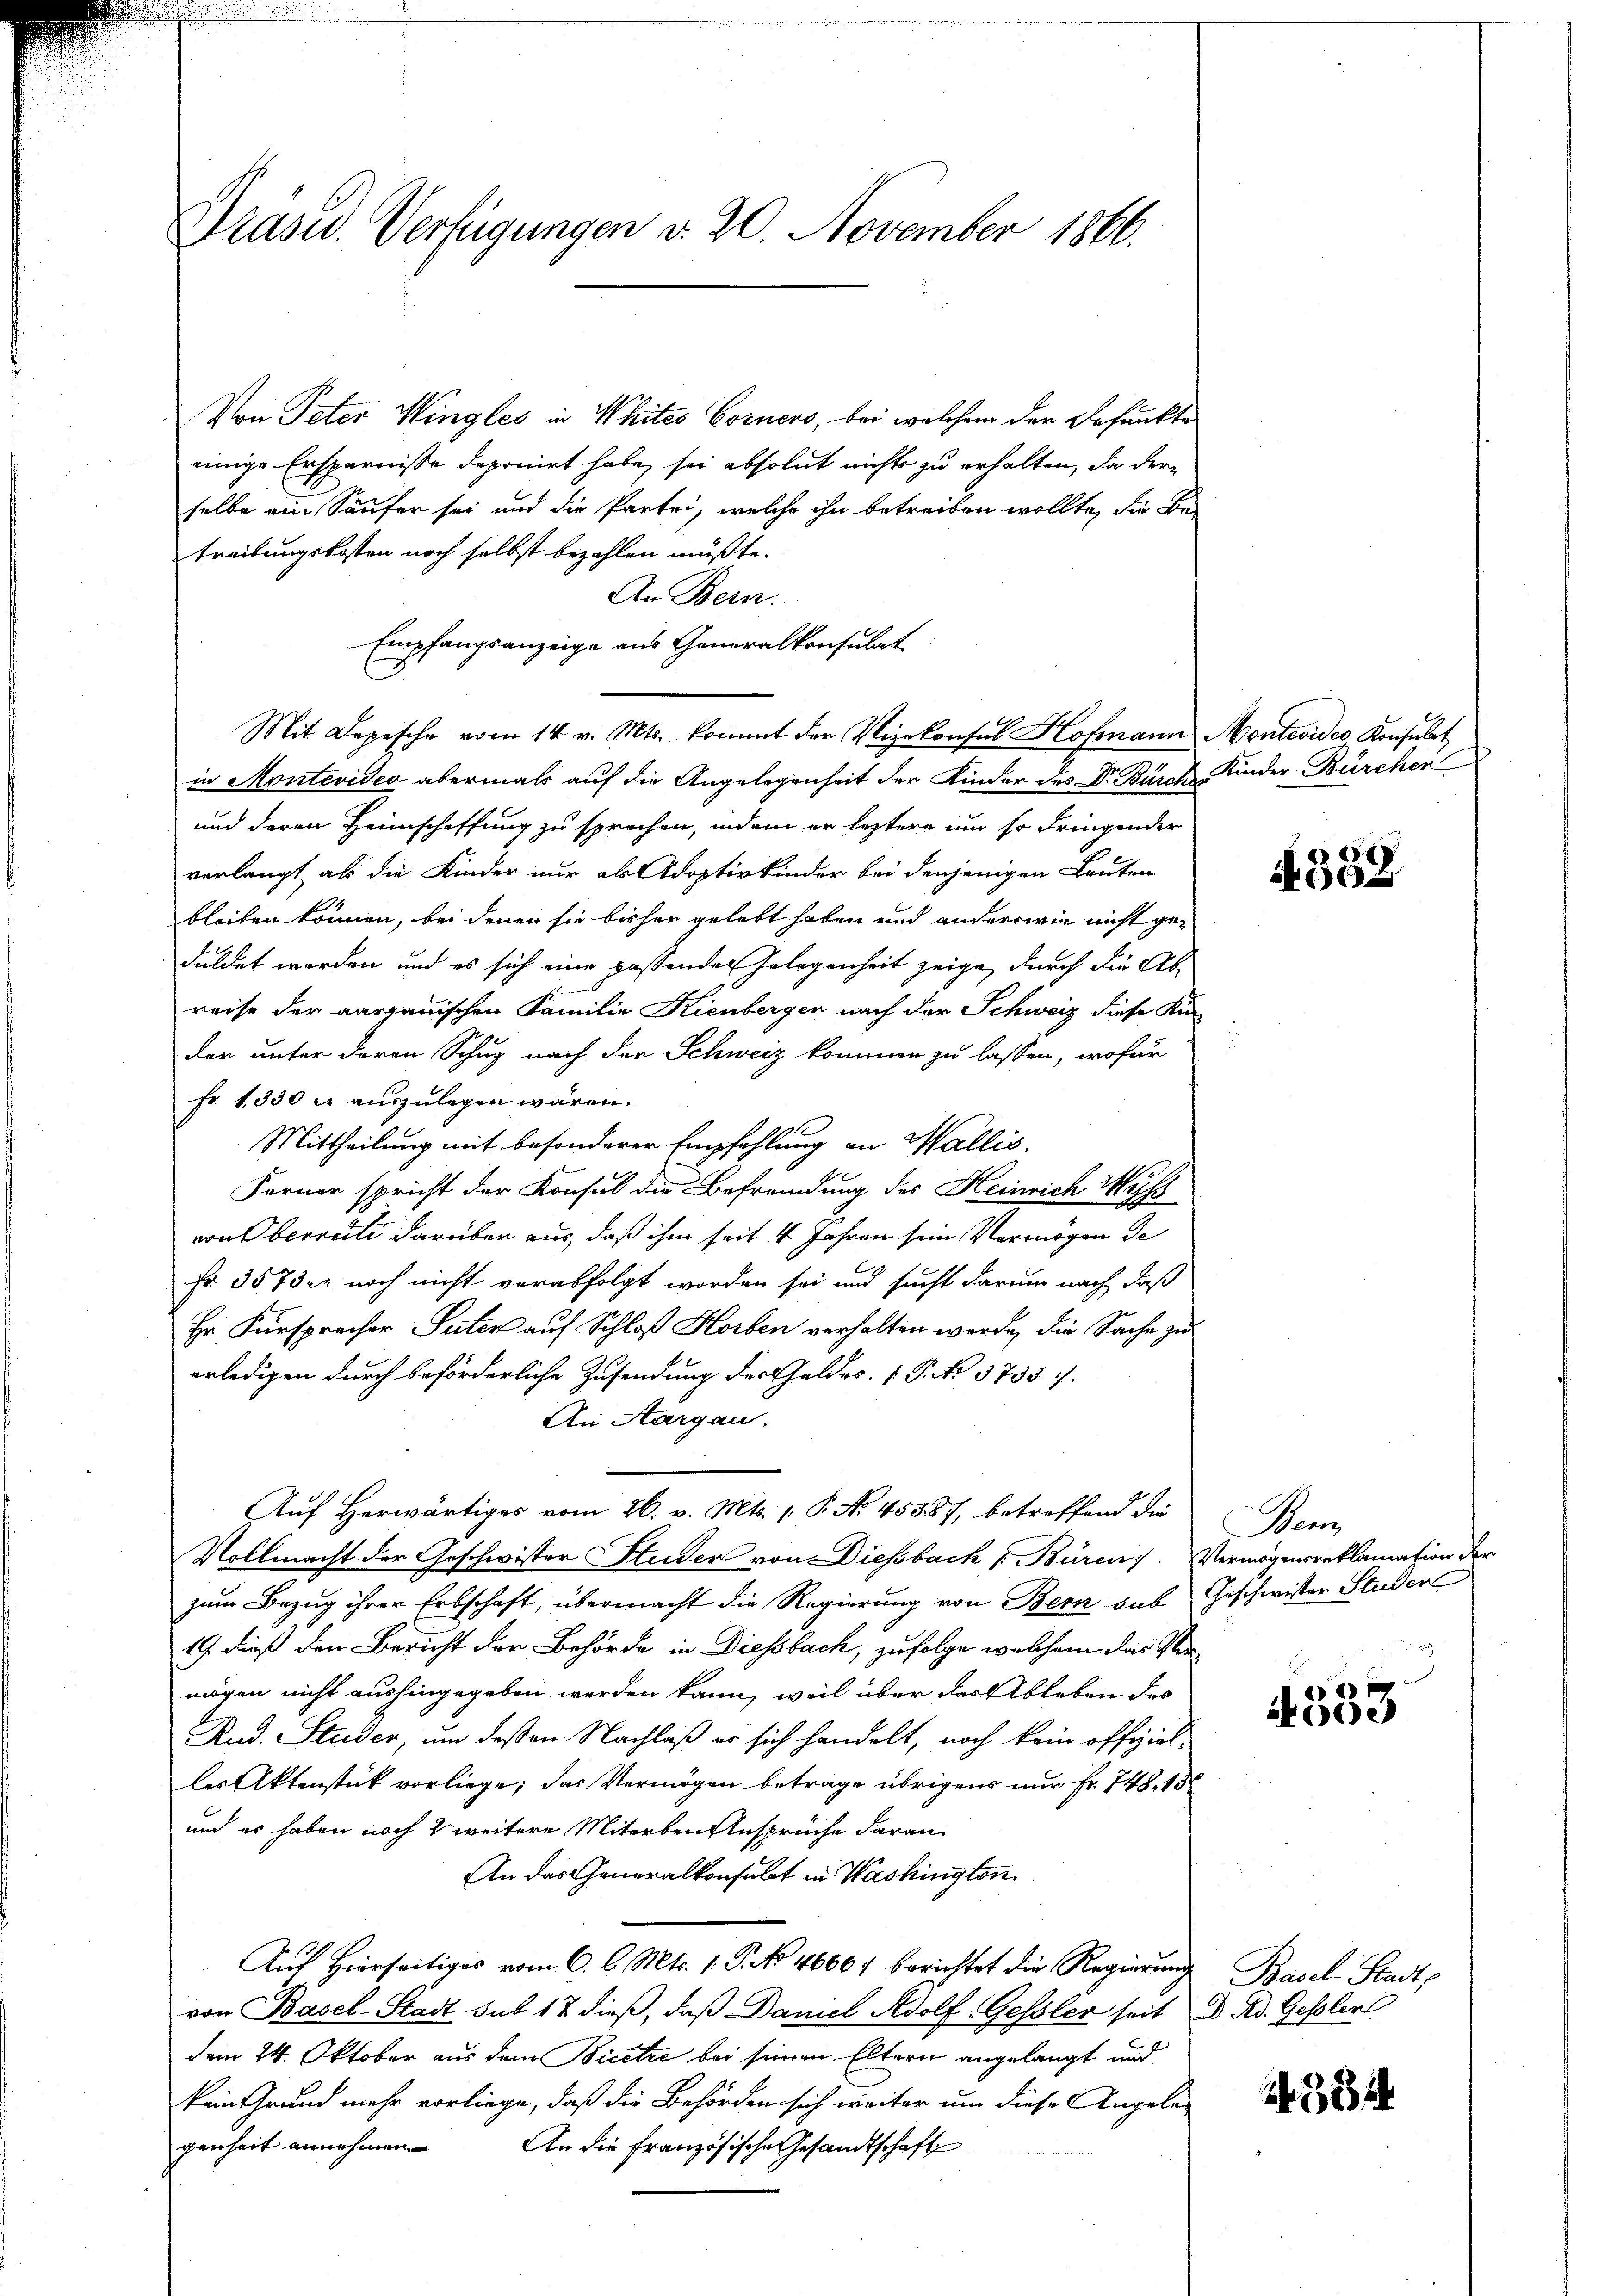
Drasu. Verfügungen d. 20. November 1866.

Von Peter Wingles in Whites Corners, bei welchem der Befunkte
einige Ersparnisse deponirt habe, sei absolut nichts zu erhalten, da der
selbe ein Säufer sei und die Partei, welche ihn betreiben wollte, die Be-
treibungskosten noch selbst bezahlen müßte.
An Bern.
Empfangsanzeige aus Generalkonsulat
Mit Depesche vom 14. v. Mts. kommt der Vizekonsul Hofmann Montevides Konsulat
in Montevideo abermals auf die Angelegenheit der Kinder des Dr. Burch Kinder-Bürchen
und deren Heimschaffung zu sprechen, indem er leztere um so dringender
verlangt als die Kinder nur als Adoptivkinder bei denjenigen Leuten
bleiben können, bei denen sie bisher gelebt haben und andere wie nicht geduldet werden und es sich eine passenden Gelegenheit zeige, durch die Abreise der aargauischen Familie Kienbergen nach der Schweiz diese Kur
der unter deren Schug nach der Schweiz kommen zu lassen, wofür
Fr. 1330 c. auszulegen wären.
Mittheilung mit besonderer Empfehlung an Wallis,
Ferner spricht der Konsul die Befremdung des Heinrich Muß
von Oberrate darüber aus, daß ihm seit 4 Jahren sein Vermögen de
Fr. 3573 er noch nicht verabfolgt worden sei und sucht darum nach, daß
Hr. Fürsprecher Suter auf Schloß Horben verhalten werde, die Sache zu
erledigen durch beförderliche Zusendung der Geldes V. P. No 3735.
An Aargau.
Auf Herwärtiges vom 26. v. Mts. 1. P. No. 45387, betreffend die
Vollmacht der Geschwister Studer von Diessbach [Büren. Vermögensreklamation der
zum Bezug ihrer Erbschaft, übermacht die Regierung von Bern sub Geschwister Studer
19 dieß den Bericht der Behörde in Diesbach, zufolge welchem das Vermögen nicht aushingegeben werden kann, weil über das Ableben des
Rud. Studer, um deßen Nachlaß er sich handelt, noch kein offizielles Aktenstück vorliege; das Vermögen betrage übrigens nur Fr. 748. 15
und er haben noch 2 weitere Miterben Ansprüche daran
An das Generalkonsulat in Washington
Auf Hierseitiges vom 6. l. Mts. 1. P. No 46601 berichtet die Regierung Basel-Stadtp
von Basel-Stadt sub 17 dieß, daß Damel Adolf Gessler seit D. Red. Gessler
dem 24. Oktober aus dem Bicetze bei seinen Eltern angelangt und
kein Grund mehr vorliege, daß die Behörden sich weiter um diese Angele¬
An die französische Gesandtschaft
genheit annehmen

Bat

§332

Wem

00.)

554